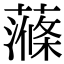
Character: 𧀝